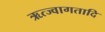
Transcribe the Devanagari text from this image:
ऋत्ज्वागतादि